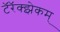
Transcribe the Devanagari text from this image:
टॅरॅक्झेकम्‌